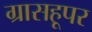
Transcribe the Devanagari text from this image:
ग्रासहूपर